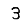
Digit: 3